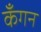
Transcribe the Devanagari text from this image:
कँगन